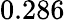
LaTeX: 0.286